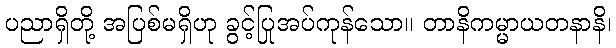
ပညာရှိတို့ အပြစ်မရှိဟု ခွင့်ပြုအပ်ကုန်သော။ တာနိကမ္မာယတနာနိ၊